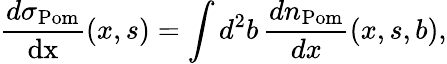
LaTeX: \frac{d\sigma_{\mathrm{Pom}}}{\mathrm{dx}}(x,s)=\int d^{2}b\, \frac{dn_{\mathrm{Pom}}}{dx}(x,s,b),